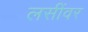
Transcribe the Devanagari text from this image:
लसींवर